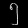
Digit: ၅